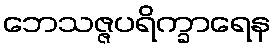
ဘေသဇ္ဇပရိက္ခာရေန